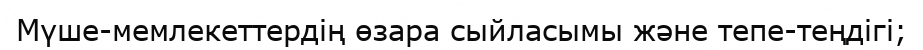
Мүше-мемлекеттердің өзара сыйласымы және тепе-теңдігі;